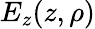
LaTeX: E_{z}(z,\rho)